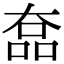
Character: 𡙗